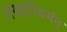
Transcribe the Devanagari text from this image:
जयहरिवर्मन्